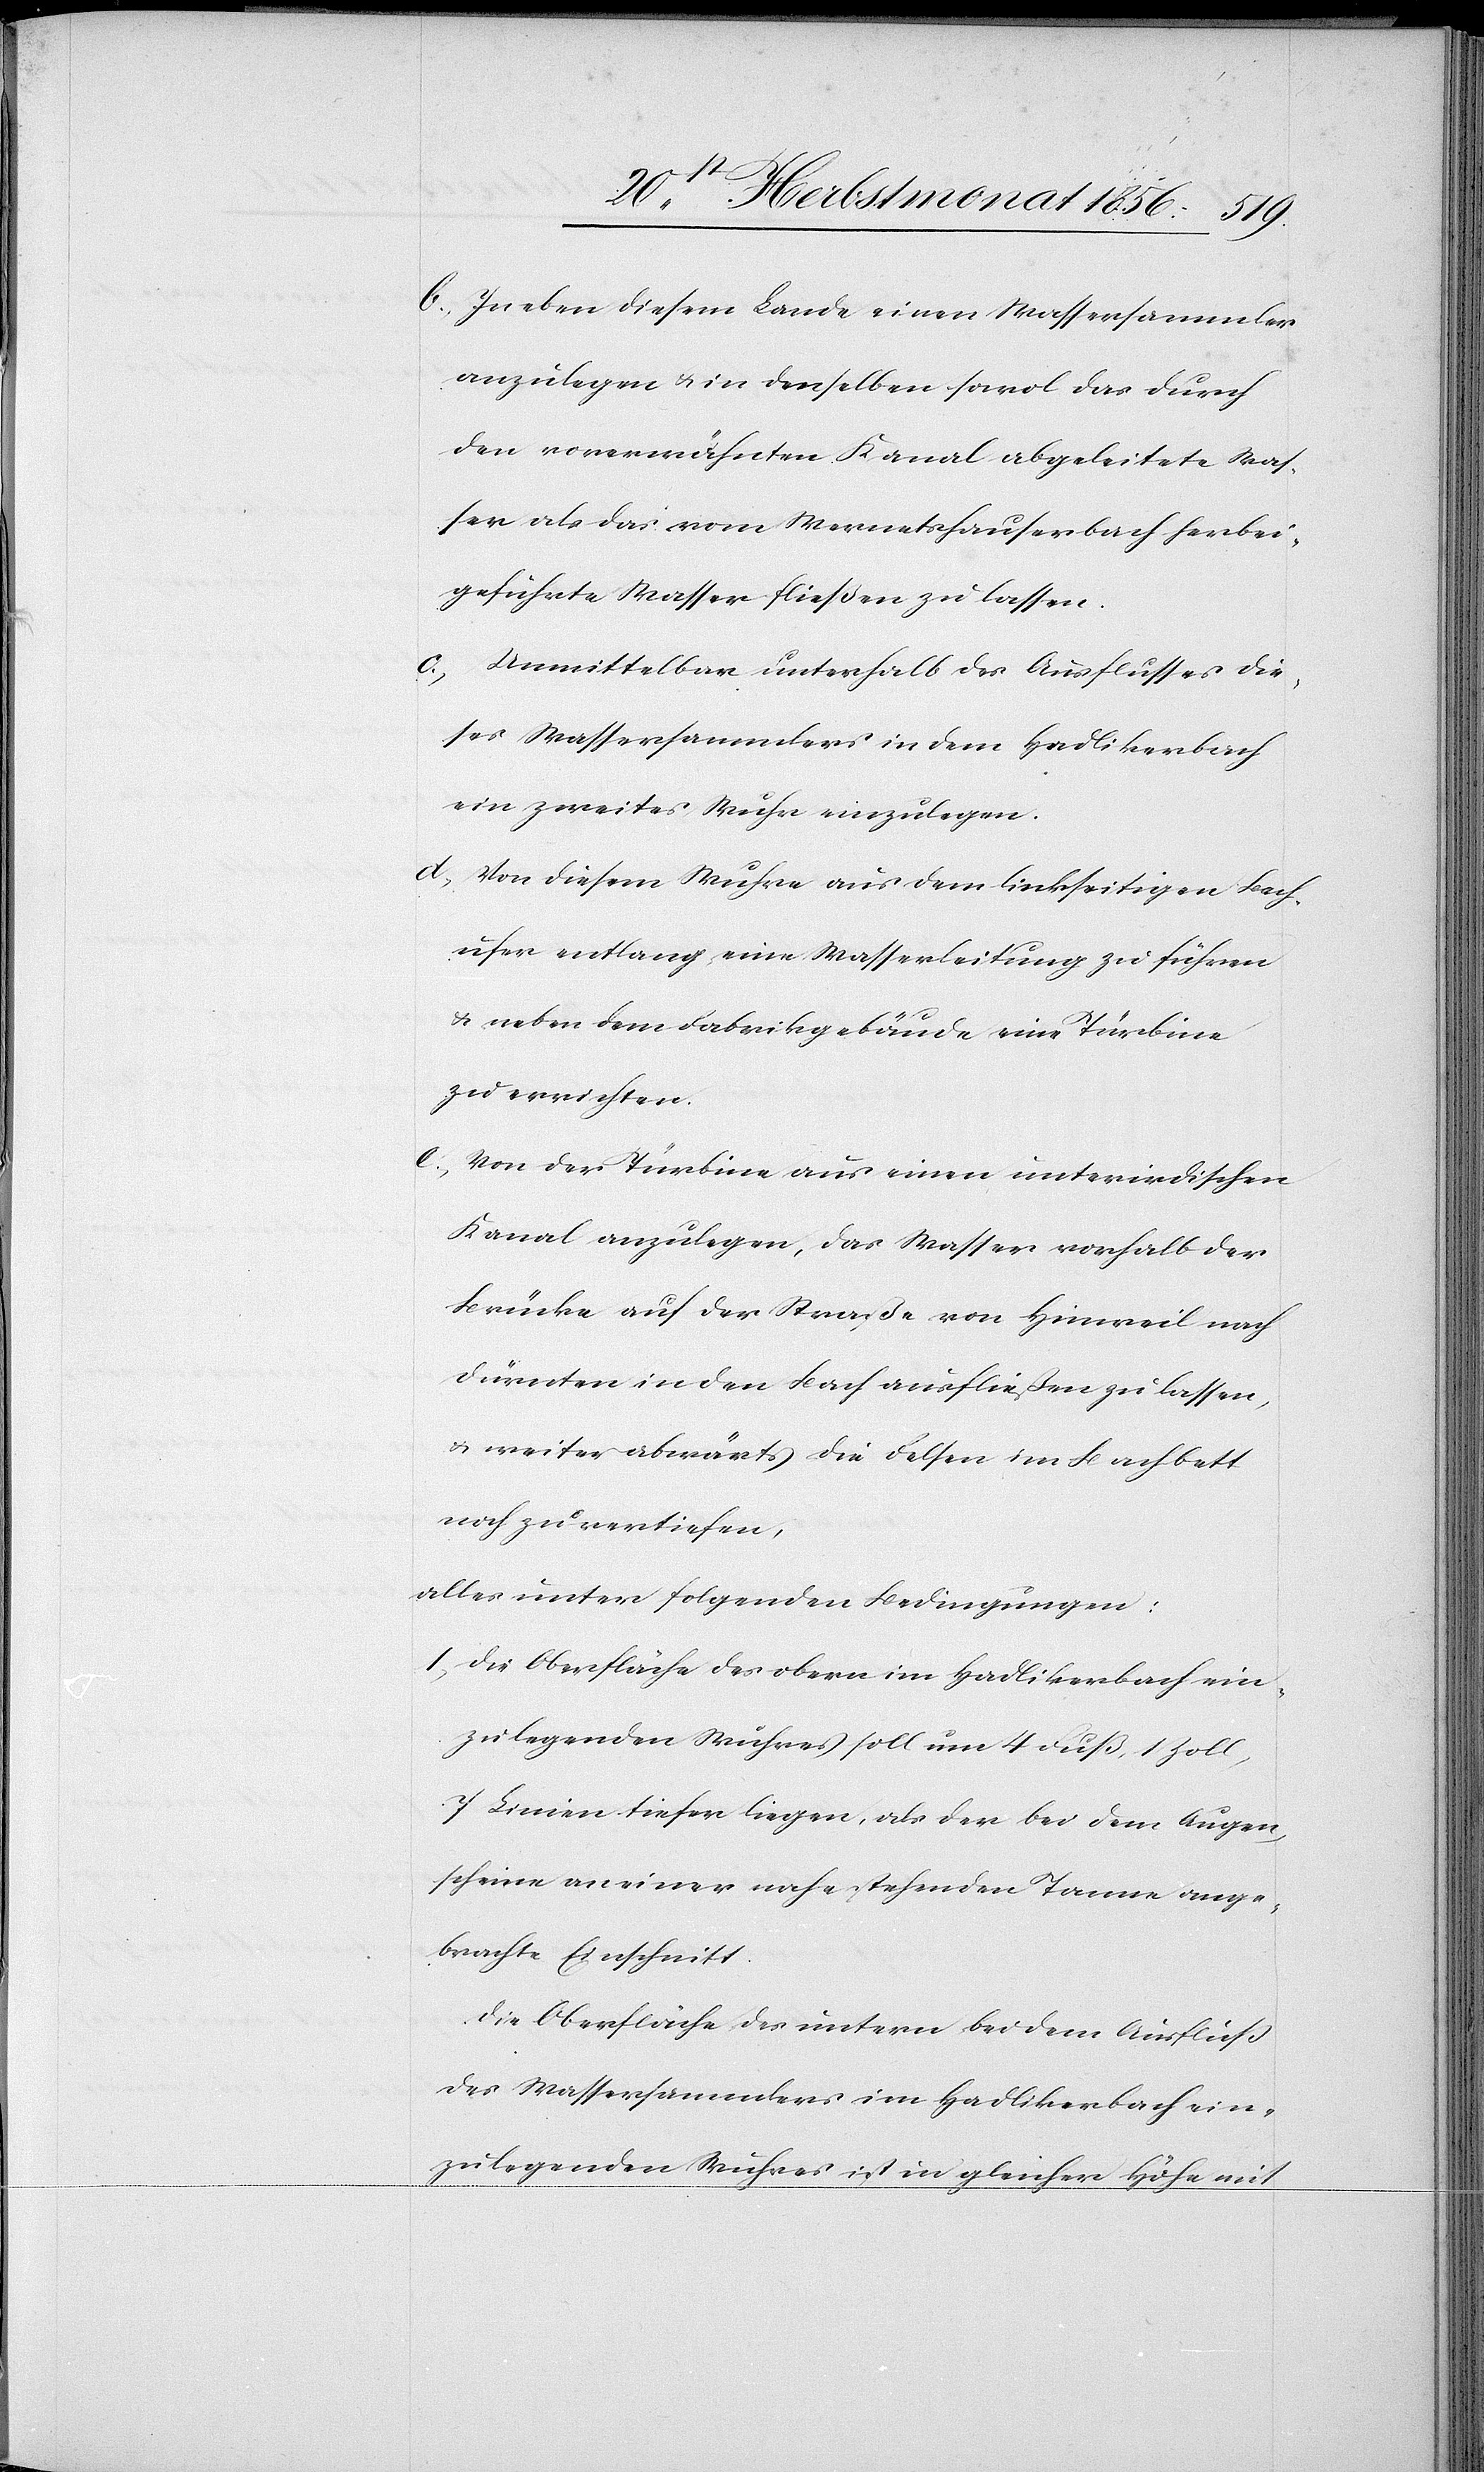
b.) In eben diesem Lande einen Wassersammler
anzulegen & in denselben sowol das durch
den vorerwähnten Kanal abgeleitete Was¬
ser als das vom Wernetshauserbach herbei¬
geführte Wasser fließen zu lassen.
c.) Unmittelbar unterhalb des Ausflusses die¬
ses Wassersammlers in dem Hadlikerbach
ein zweites Wuhr einzulegen.
d.)Von diesem Wuhre aus dem linkseitigen Bach¬
ufer entlang eine Wasserleitung zu führen
& neben dem Fabrikgebäude eine Türbine
zu errichten.
e.) Von der Türbine aus einen unterirdischen
Kanal anzulegen, das Wasser vorhalb der
Brücke auf der Straße von Hinweil nach
Dürnten in den Bach ausfließen zu lassen,
u. weiter abwärts die Felsen im Bachbett
noch zu vertiefen,
alles unter folgenden Bedingungen:
1.) Die Oberfläche des obern im Hadlikerbach ein¬
zulegenden Wuhres soll um 4 Fuß, 1 Zoll,
7 Linien tiefer liegen, als der bei dem Augen¬
scheine an einer nahestehenden Tanne ange¬
bracht Einschnitt.
Die Oberfläche des untern bei dem Ausfluss
des Wassersammlers im Hadlikerbach ein¬
zulegenden Wuhres ist in gleicher Höhe mit